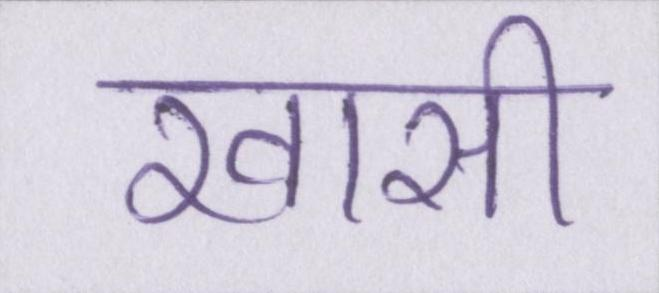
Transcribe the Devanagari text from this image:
खासी